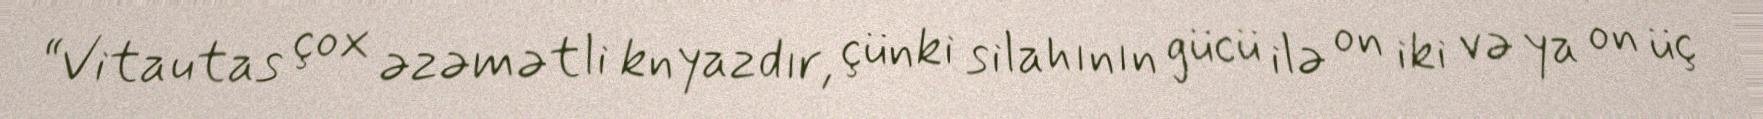
“Vitautas çox əzəmətli knyazdır, çünki silahının gücü ilə on iki və ya on üç